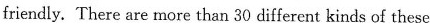
friendly. There are more than 30 different kinds of these